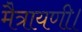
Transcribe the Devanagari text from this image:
मैत्रायणी।